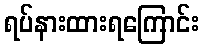
ရပ်နားထားရကြောင်း